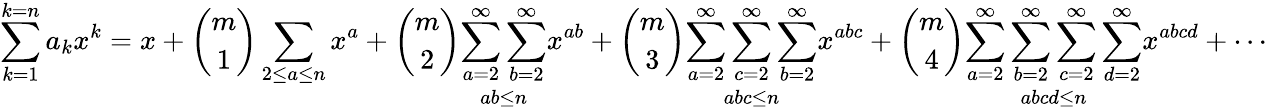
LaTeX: \sum_{k=1}^{k=n}a_{k}x^{k}=x+{\binom{m}{1}}\sum_{2\leq a\leq n}x^{a}+{\binom{m}{2}}{\underset{ab\leq n}{\sum_{a=2}^{\infty}\sum_{b=2}^{\infty}}}x^{ab}+{\binom{m}{3}}{\underset{abc\leq n}{\sum_{a=2}^{\infty}\sum_{c=2}^{\infty}\sum_{b=2}^{\infty}}}x^{abc}+{\binom{m}{4}}{\underset{abcd\leq n}{\sum_{a=2}^{\infty}\sum_{b=2}^{\infty}\sum_{c=2}^{\infty}\sum_{d=2}^{\infty}}}x^{abcd}+\cdots